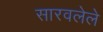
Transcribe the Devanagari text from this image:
सारवलेले